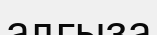
алғыза